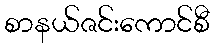
စာနယ်ဇင်းကောင်စီ